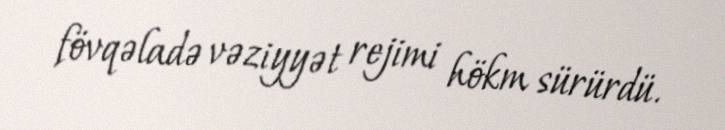
fövqəladə vəziyyət rejimi hökm sürürdü.